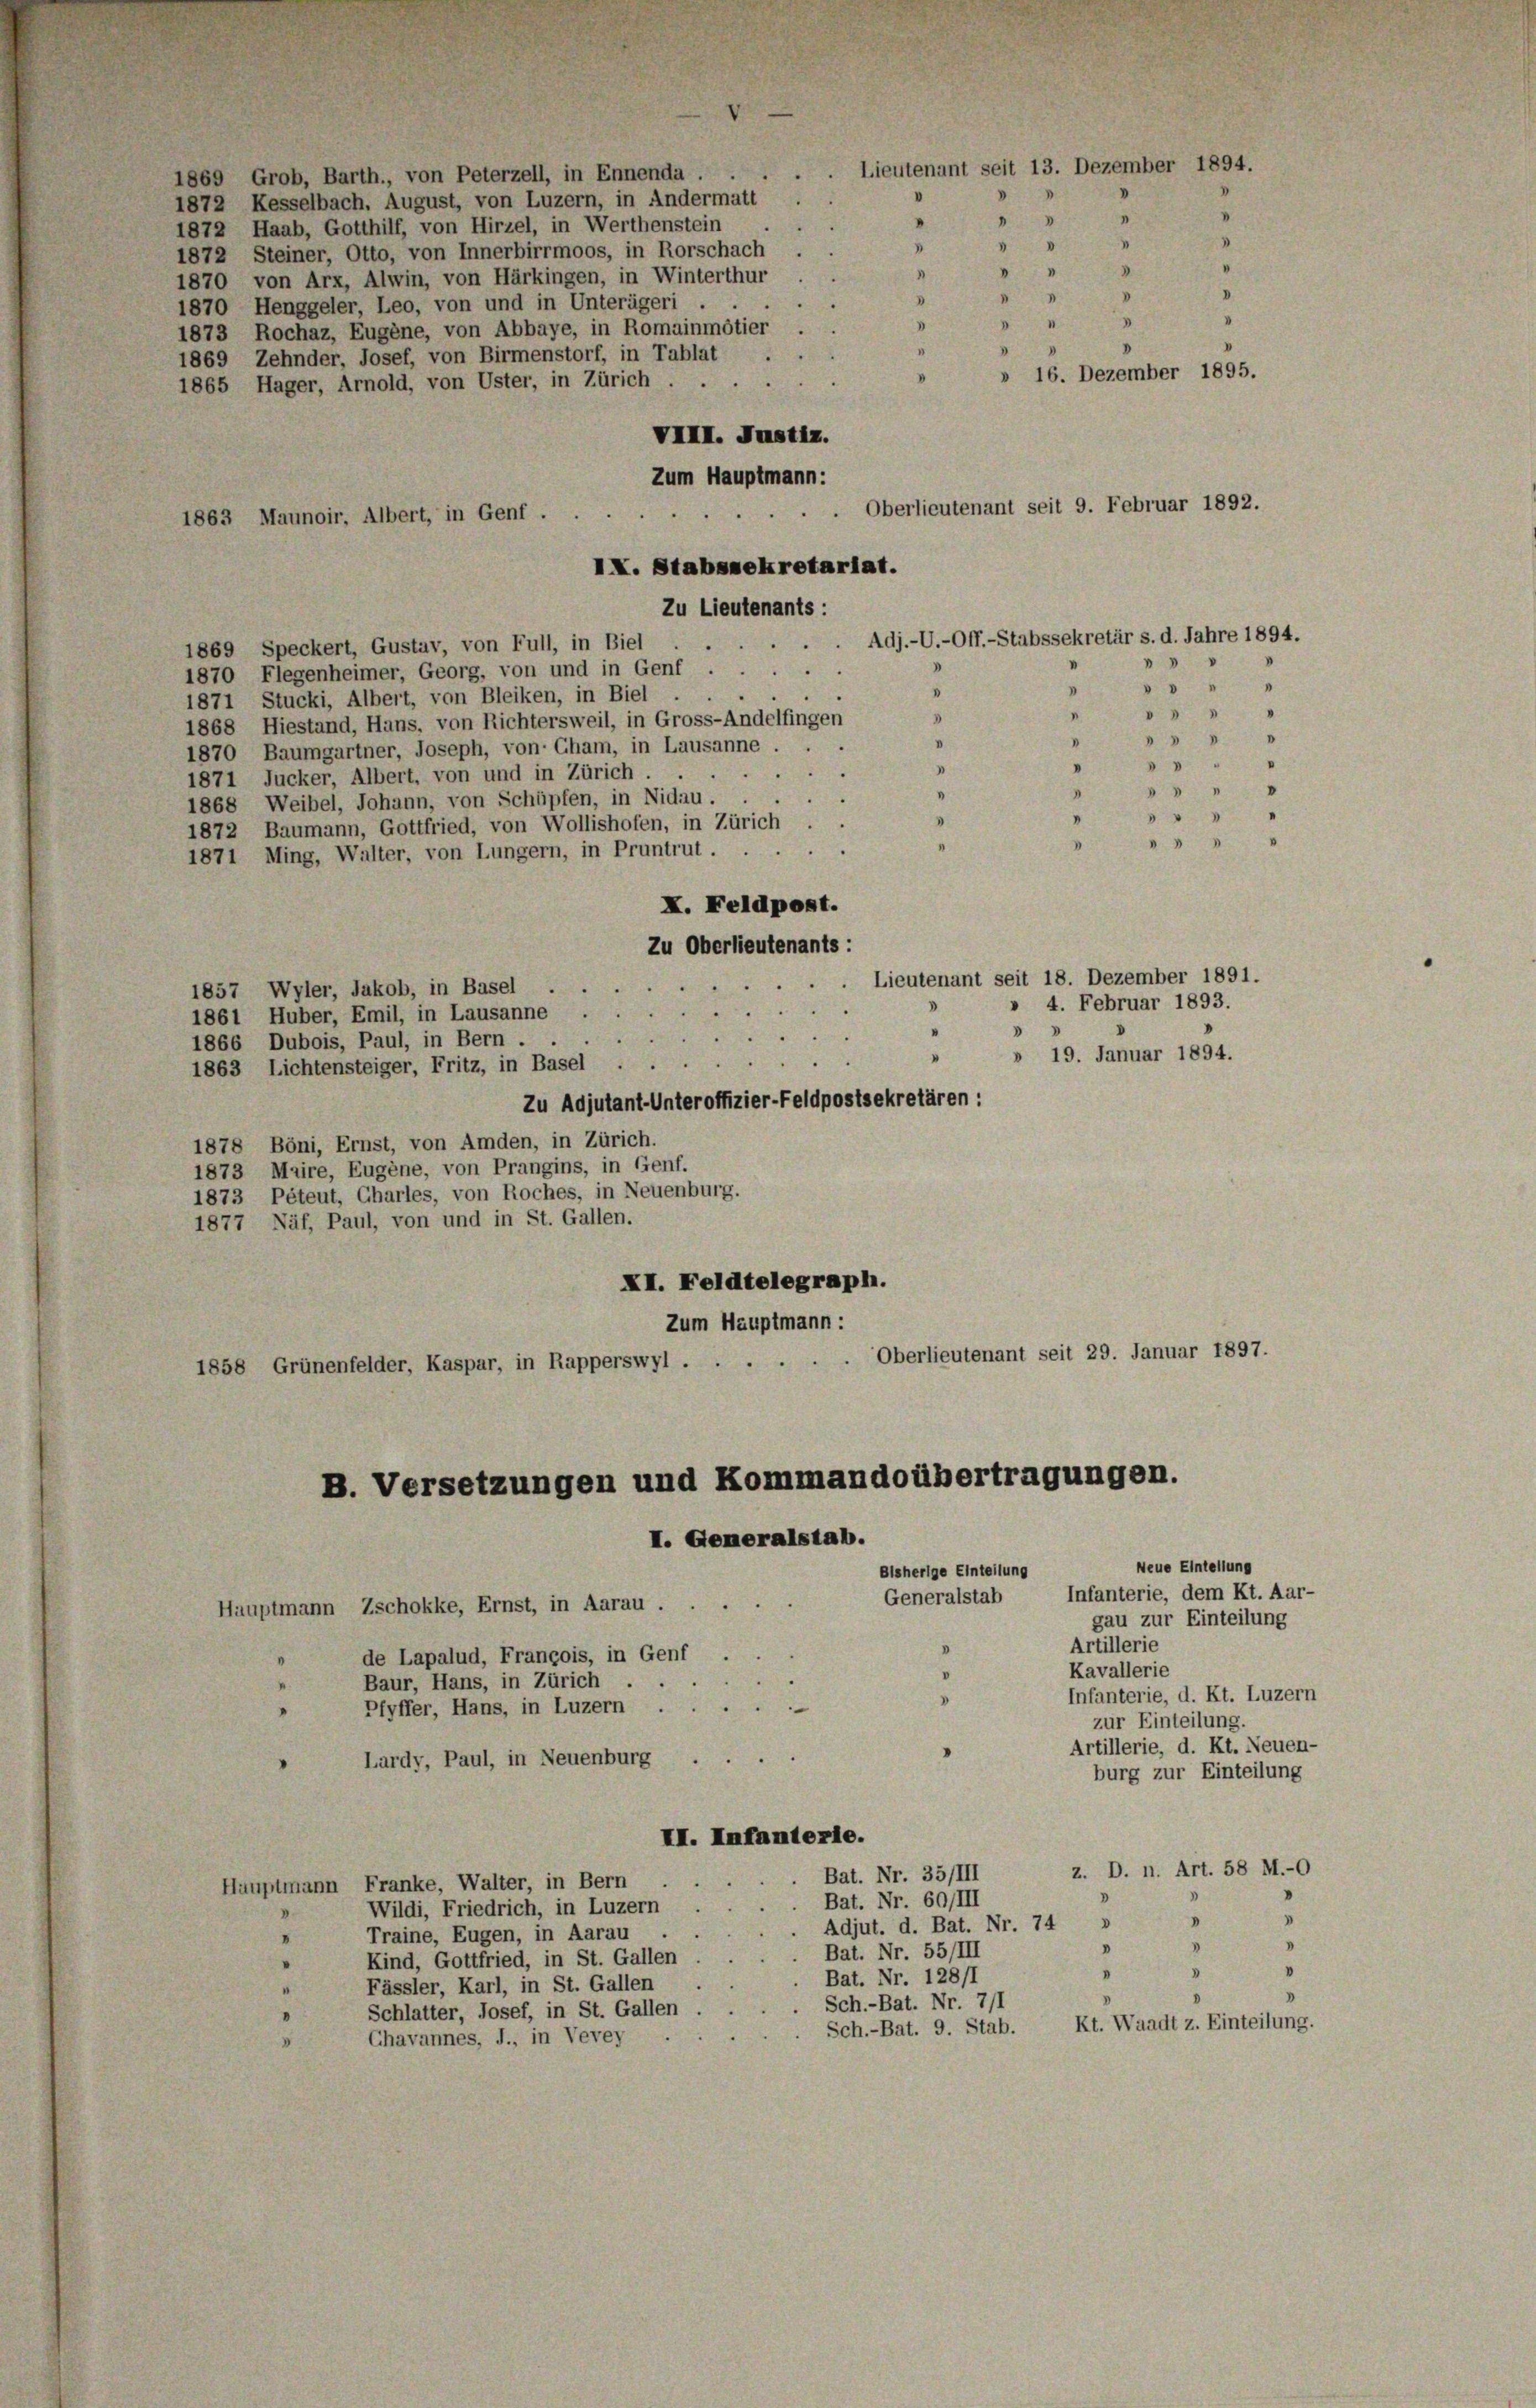
1873 Rochaz, Eugene, von Abbaye, in Romainmötier .
“
4
1869 Zehnder, Josef, von Birmenstorf, in Tablat
» 16. Dezember 1895.
1865 Hager, Arnold, von Uster, in Zürich
1863 Maunoir, Albert, in Genf .
IX. Stabssekretariat.
Zu Lieutenants:
.
1869 Speckert, Gustav, von Full, in Biel
5
1870 Flegenheimer, Georg, von und in Genf
1871 Stucki, Albert, von Bleiken, in Biel
1868 Hiestand, Hans, von Richtersweil, in Gross-Andelfingen

1870 Baumgartner, Joseph, von Cham, in Lausanne
5 "
1871 Jucker, Albert, von und in Zürich.
5 "
3
1868 Weibel, Johann, von Schüpfen, in Nidau.
"

1872 Baumann, Gottfried, von Wollishofen, in Zürich.
 3
D
1871 Ming, Walter, von Lungern, in Pruntrut
I. Feldpost.
Zu Oberlieutenants:
1857 Wyler, Jakob, in Basel .
e
1861 Huber, Emil, in Lausanne
1866 Dubois, Paul, in Bern .
"
1863 Lichtensteiger, Fritz, in Basel . .
Zu Adjutant-Unteroffizier-Feldpostsekretären :
1878 Böni, Ernst, von Amden, in Zürich.
1873 Maire, Eugene, von Prangins, in Genf.
1873 Péteut, Charles, von Roches, in Neuenburg.
1877 Näf, Paul, von und in St. Gallen.
XI. Feldtelegraph.
Zum Hauptmann:
1858 Grünenfelder, Kaspar, in Rapperswyl . . . . . . Oberlieutenant seit 29. Januar 1897.
B. Versetzungen und Kommandoübertragungen.
I. Generalstab.
Neue Eintellung
Bisherige Einteilung
Infanterie, dem Kt. Aar-
Generalstab
Hauptmann Zschokke, Ernst, in Aarau .
gau zur Einteilung
Artillerie
de Lapalud, Francois, in Genf .
“
Kavallerie
Baur, Hans, in Zürich.
Infanterie, d. Kt. Luzern
2
Pfyffer, Hans, in Luzern .
zur Einteilung.
Artillerie, d. Kt. Neuen-
Lardy, Paul, in Neuenburg
burg zur Einteilung
II. Infanterie.
z. D. n. Art. 58 M.-
Bat. Nr. 35/III
Hauptmann Franke, Walter, in Bern
Bat. Nr. 60/III
Wildi, Friedrich, in Luzern
D
V
Adjut. d. Bat. Nr. 74 »
Traine, Eugen, in Aarau
I
.
3
.
Bat. Nr. 55/III
Kind, Gottfried, in St. Gallen
3
.
Bat. Nr. 128/1
Fässler, Karl, in St. Gallen
V
Sch.-Bat. Nr. 7/1
Schlatter, Josef, in St. Gallen
Kt. Waadt z. Einteilung.
Sch.-Bat. 9. Stab.
Chavannes, J., in Vevey

1869 Grob, Barth., von Peterzell, in Ennenda .
1872 Kesselbach. August, von Luzern, in Andermatt
1872 Haab, Gotthilf, von Hirzel, in Werthenstein
1872 Steiner, Otto, von Innerbirrmoos, in Rorschach
1870 von Arx, Alwin, von Härkingen, in Winterthur
1870 Henggeler, Leo, von und in Unterägeri

VIII. Justiz.
Zum Hauptmann:

Lieutenant seit 13. Dezember 1894.
V
"
"  "
"
“
5
d
"
1
D
.
D

I
V

Oberlieutenant seit 9. Februar 1892.

Adj.-U.-Off.-Stabssekretär s. d. Jahre 1894.
V

Lieutenant seit 18. Dezember 1891.
4. Februar 1893.
» 19. Januar 1894.

0
 " "

I

0